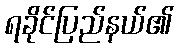
ရခိုင်ပြည်နယ်၏